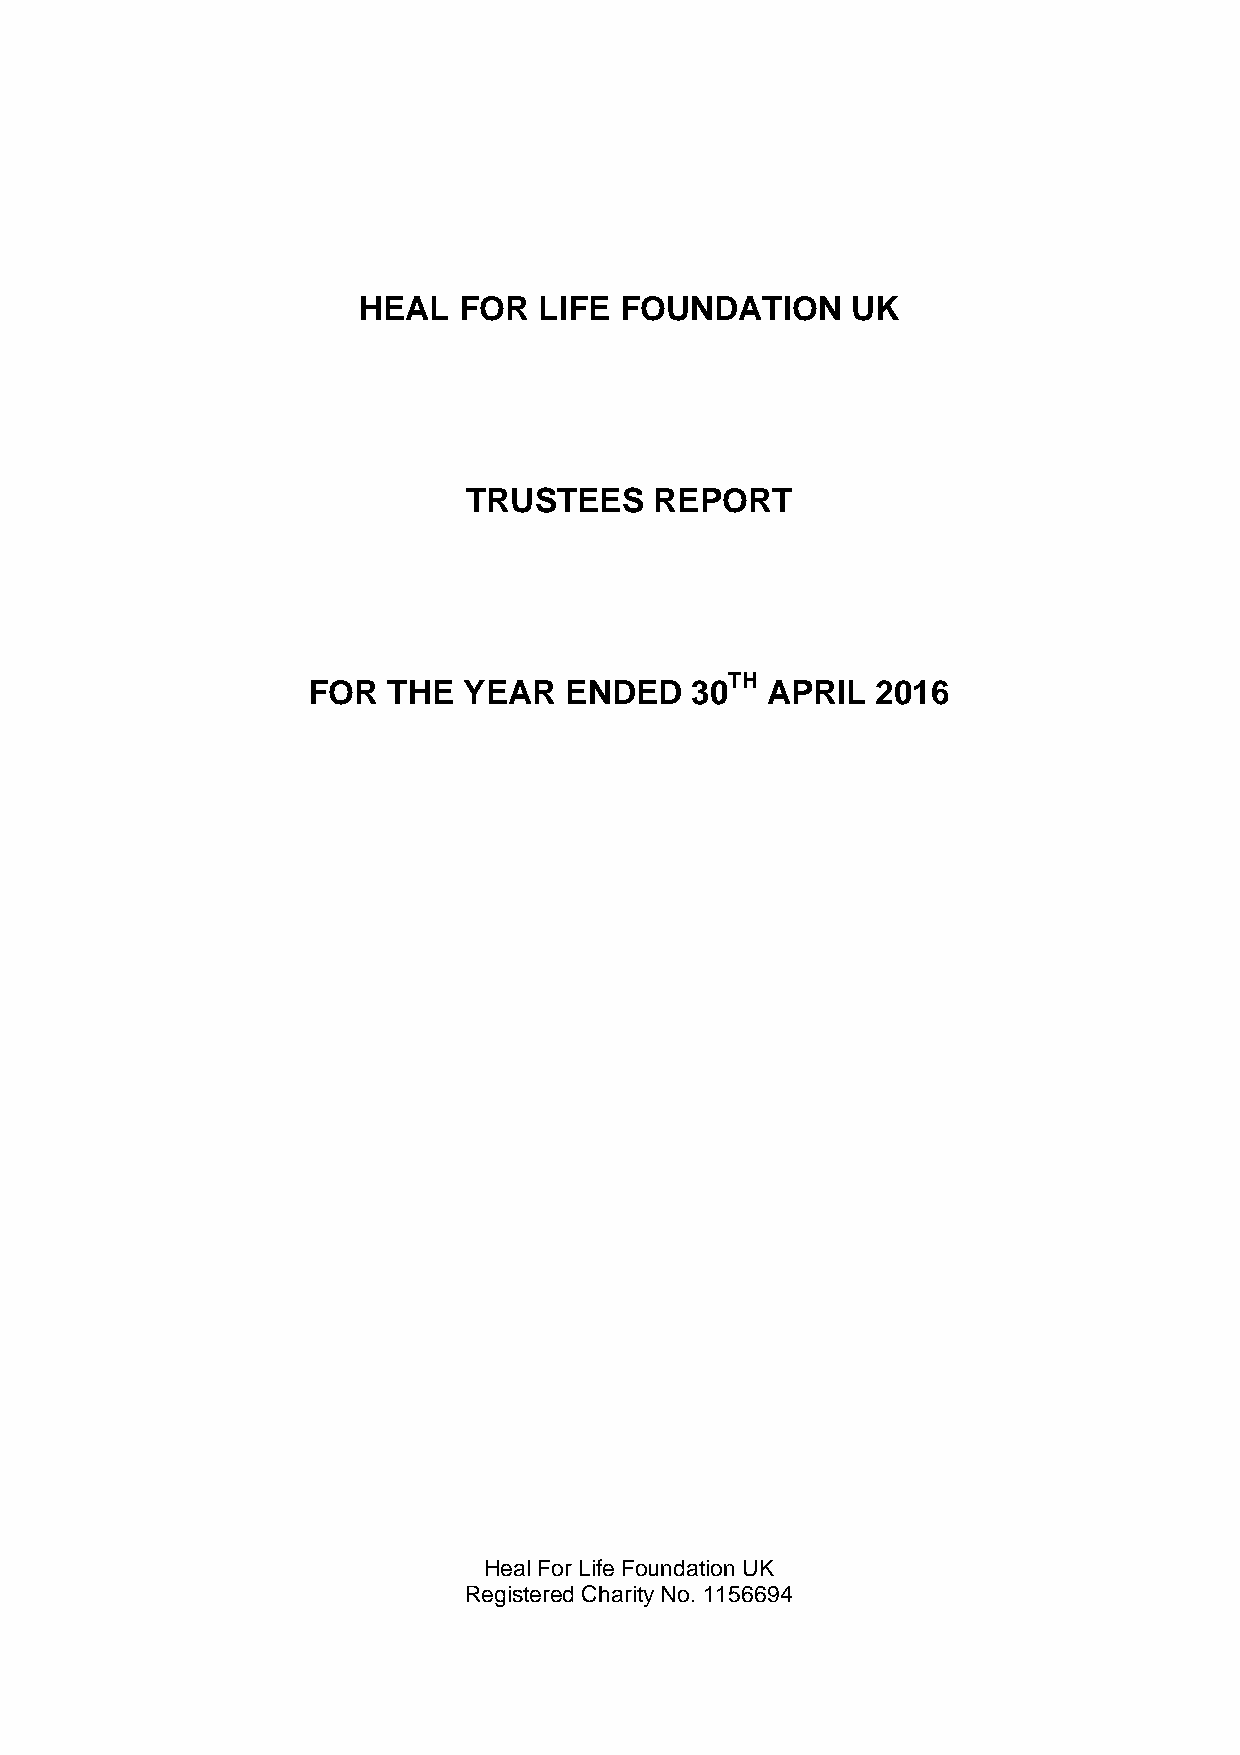
HEAL  FOR   LIFE FOUNDATION     UK
 TRUSTEES    REPORT
 TH
 FOR   THE  YEAR  ENDED    30   APRIL  2016
 Heal For Life Foundation UK
 Registered Charity No. 1156694